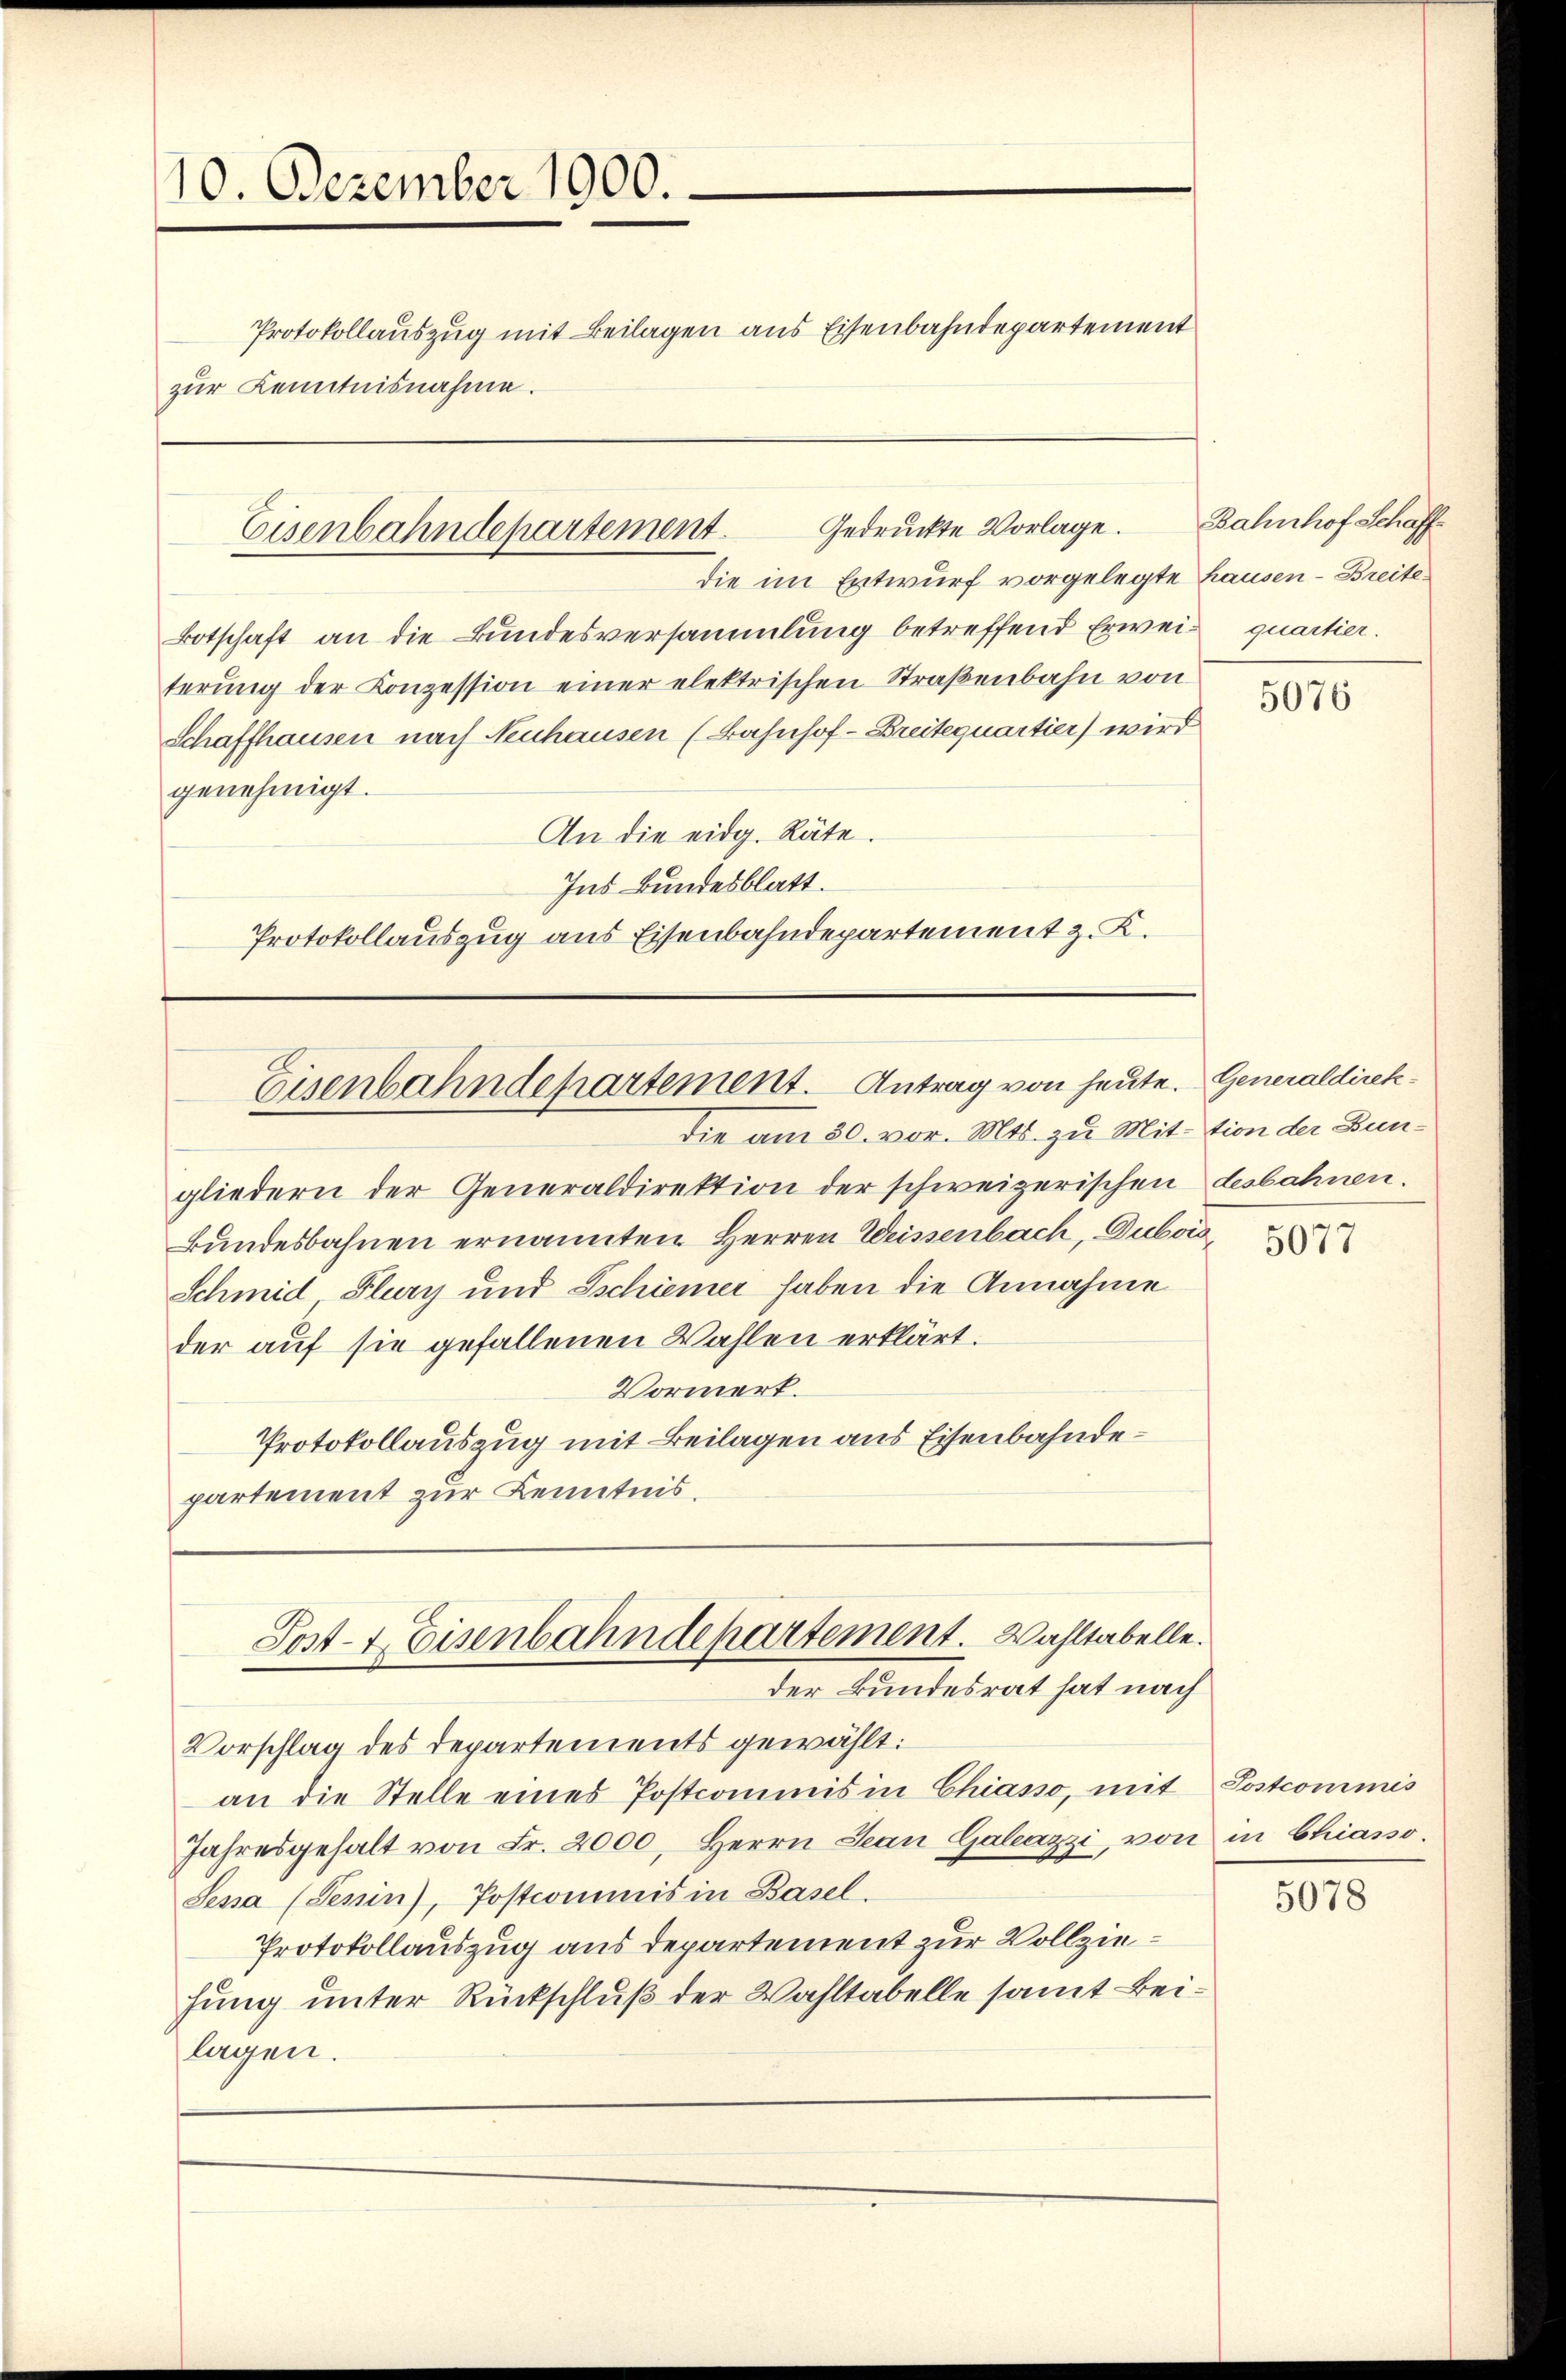
10. Dezember 1900.
Protokollauszug mit Beilagen aus Eisenbahndepartement
zur Kenntnisnahme.

Gedruckte Vorlage.
Eisenbahndepartement.

die im Entwurf vorgelegte Hausen - Breite
Botschaft an die Bundesversammlung betreffend Erweis quartier.
terung der Konzession einer elektrischen Straßenbahn von
Schaffhausen nach Neuhausen (Bahnhof-Breitequartier) wird
genehmigt.
An die eidg. Räte.
Ins Bundesblatt.
Protokollauszug aus Eisenbahndepartement z. K.

Eisenbahndepartement. Antrag von heute. Generaldirek¬

Post- & Eisenbahndepartement. Wahltabelle.
der Bundesrat hat nach

die am 30. vor. Mts. zu Mit-tion der Bungliedern der Generaldirektion der schweizerischen desbahnen.
Bundesbahnen ernannten Herren Weissenbach, Dubois,
Schmid, Flury und Ischiener haben die Annahme
der auf sie gefallenen Wahlen erklärt.
Vormerk.
Protokollauszug mit Beilagen aus Eisenbahndepartement zur Kenntnis.

Bahnhof Schaff¬

Vorschlag des Departements gewählt:
an die Stelle eines Postcommis in Chiasso, mit Postcommis
Jahresgehalt von Fr. 2000, Herrn Jean Galeazzi, von in Chiasso.
Sesa (Tesin), Postcommis in Basel.
Protokollauszug aus departement zur Vollziehung unter Rückschluß der Wahltabelle samt Beilagen.

5076

5077

5078